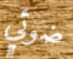
ضوئي